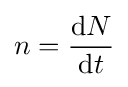
n={\frac {\mathrm {d} N}{\mathrm {d} t}}